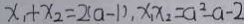
x _ { 1 } + x _ { 2 } = 2 ( a - 1 ) , x _ { 1 } x _ { 2 } = a ^ { 2 } - a - 2